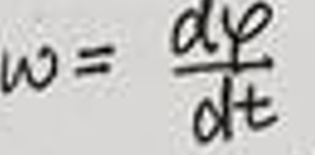
$\omega = \frac{d\varphi}{dt}$